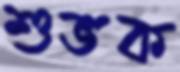
শুভক